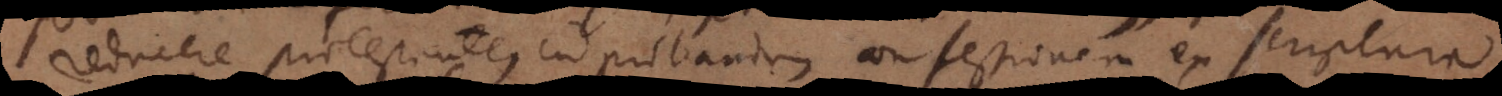
reducere protestantes ad probandam confessionem ex scriptura